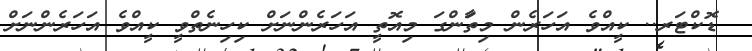
ޑޮކްޓަރ.. ކީއްވެ އަހަރެން މިތަާންގަ މިއޮތީ އަހަރެންނަށް ކިހިނެތްވީ ކީއްވެ އަހަރެންނަށް